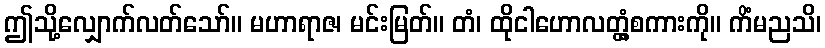
ဤသို့လျှောက်လတ်သော်။ မဟာရာဇ၊ မင်းမြတ်။ တံ၊ ထိုငါဟောလတ္တံ့စကားကို။ ကိံမညသိ၊